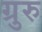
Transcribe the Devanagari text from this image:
ग्रुरु